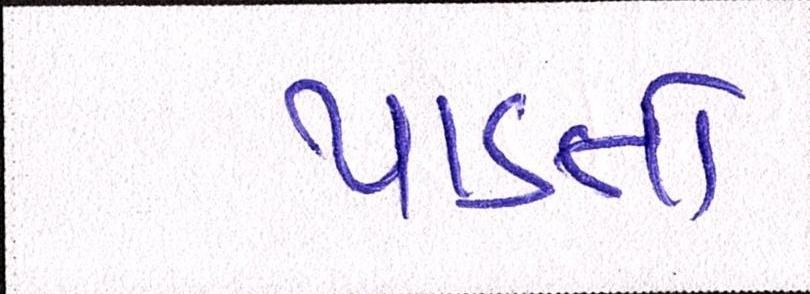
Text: પાડતો